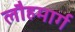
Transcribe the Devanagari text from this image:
लौहमार्ग